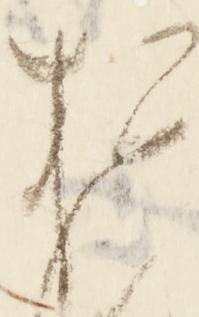
お